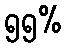
၅၅%